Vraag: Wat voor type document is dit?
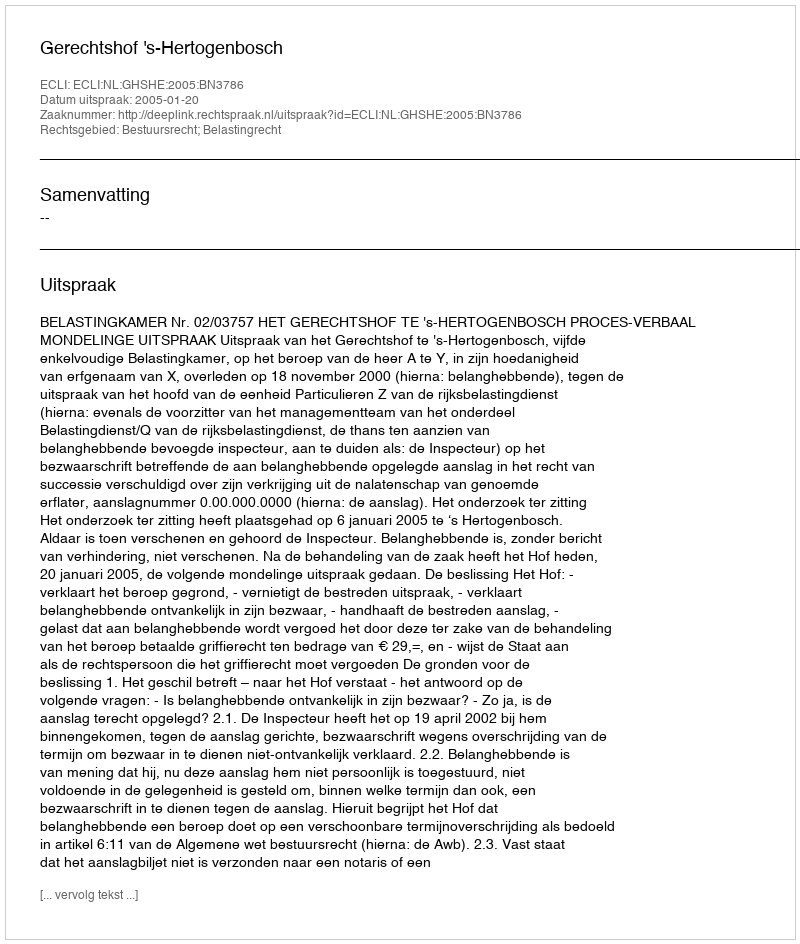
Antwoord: Uitspraak